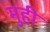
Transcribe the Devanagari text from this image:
मुही